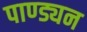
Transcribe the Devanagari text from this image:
पाण्ड्यन